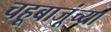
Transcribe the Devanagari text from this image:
चहूबाजूंच्या